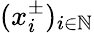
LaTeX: (x_{i}^{\pm})_{i\in\mathbb{N}}